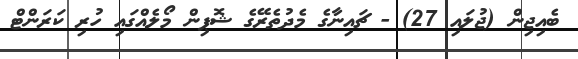
ބެއިޖިން (ޖުލައި 27) - ޗައިނާގެ މެދުތެރޭގެ ޝޮޕިން މޯލެއްގައި ހުރި ކަރަންޓް